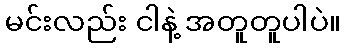
မင်းလည်း ငါနဲ့ အတူတူပါပဲ။